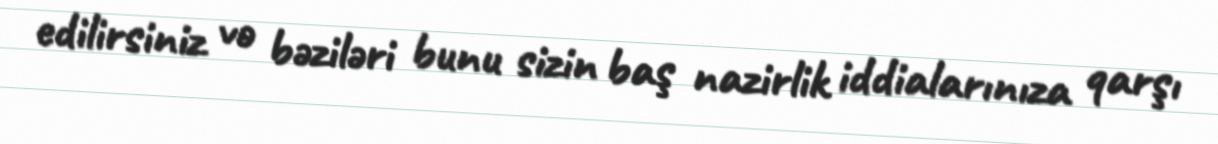
edilirsiniz və bəziləri bunu sizin baş nazirlik iddialarınıza qarşı